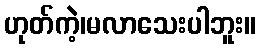
ဟုတ်ကဲ့၊မလာသေးပါဘူး။